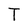
Character: T